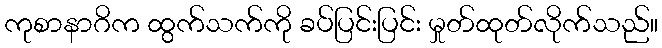
ကုစာနာဂိက ထွက်သက်ကို ခပ်ပြင်းပြင်း မှုတ်ထုတ်လိုက်သည်။